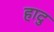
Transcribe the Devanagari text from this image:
हादु